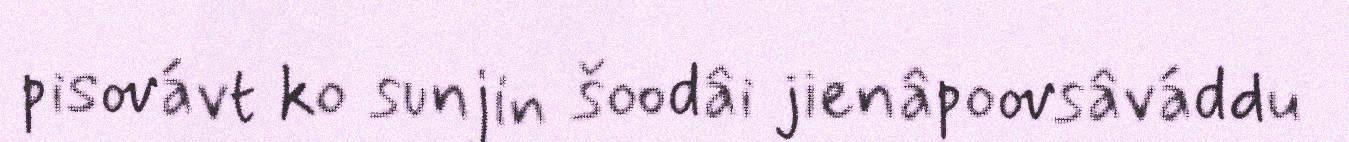
pisovávt ko sunjin šoodâi jienâpoovsâváddu